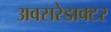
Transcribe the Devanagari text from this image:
अवसरेडाक्टर